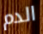
الدم